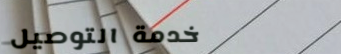
خدمة التوصيل